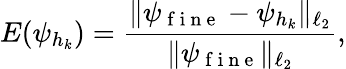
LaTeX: E(\psi_{h_{k}})=\frac{\| \psi_{\mathrm{~f~i~n~e~}}-\psi_{h_{k}}\| _{\ell_{2}}}{\| \psi_{\mathrm{~f~i~n~e~}}\| _{\ell_{2}}},